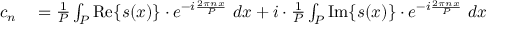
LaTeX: \begin{array} { r l } { c _ { n } } & { { } = { \frac { 1 } { P } } \int _ { P } \operatorname { R e } \{ s ( x ) \} \cdot e ^ { - i { \frac { 2 \pi n x } { P } } } \ d x + i \cdot { \frac { 1 } { P } } \int _ { P } \operatorname { I m } \{ s ( x ) \} \cdot e ^ { - i { \frac { 2 \pi n x } { P } } } \ d x } \end{array}